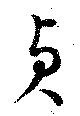
貞